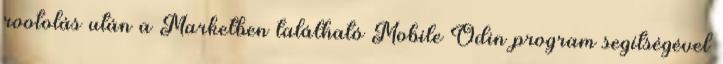
rootolás után a Marketben található Mobile Odin program segítségével